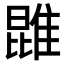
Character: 𨿪